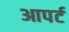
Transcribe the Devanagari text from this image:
आपर्ट